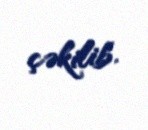
çəkilib.